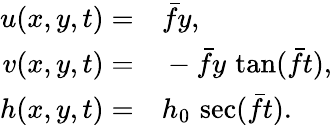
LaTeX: \begin{array}{rl}{u(x,y,t)=}&{{}\bar{f}y,}\\ {v(x,y,t)=}&{{}-\bar{f}y\, \tan(\bar{f}t),}\\ {h(x,y,t)=}&{{}h_{0}\, \sec(\bar{f}t).}\end{array}